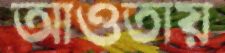
আওতায়